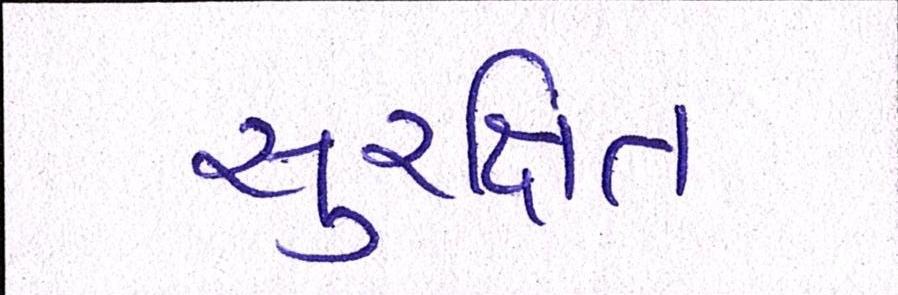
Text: સુરક્ષિત